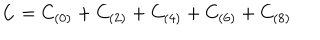
C = C _ { ( 0 ) } + C _ { ( 2 ) } + C _ { ( 4 ) } + C _ { ( 6 ) } + C _ { ( 8 ) }